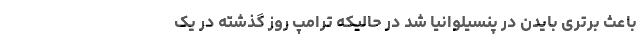
باعث برتری بایدن در پنسیلوانیا شد در حالیکه ترامپ روز گذشته در یک